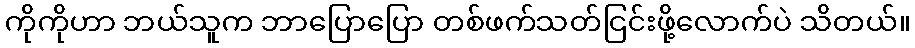
ကိုကိုဟာ ဘယ်သူက ဘာပြောပြော တစ်ဖက်သတ်ငြင်းဖို့လောက်ပဲ သိတယ်။